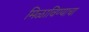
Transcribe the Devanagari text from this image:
मिळाविण्याचा